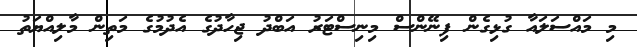
މި މައްސަލައާ ގުޅިގެން ފިނޭންސް މިނިސްޓަރު އަބްދު ޖިހާދުގެ އެދުމުގެ މަތިން މާލިއްޔަތު